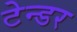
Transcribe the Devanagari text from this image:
टेन्‍डर